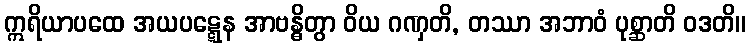
ဣရိယာပထေ အယပဋ္ဋေန အာဗန္ဓိတွာ ဝိယ ဂဏှတိ, တဿာ အဘာဝံ ပုစ္ဆာတိ ဝဒတိ။